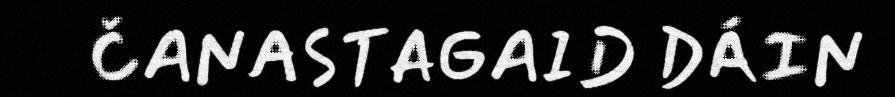
ČANASTAGAID DÁIN